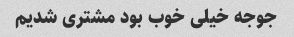
جوجه خیلی خوب بود مشتری شدیم